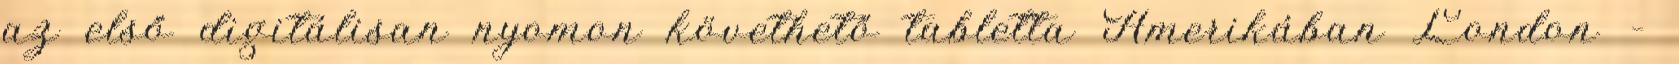
az első digitálisan nyomon követhető tabletta Amerikában London –